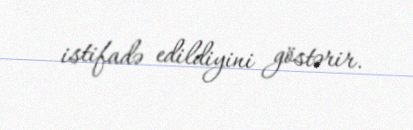
istifadə edildiyini göstərir.